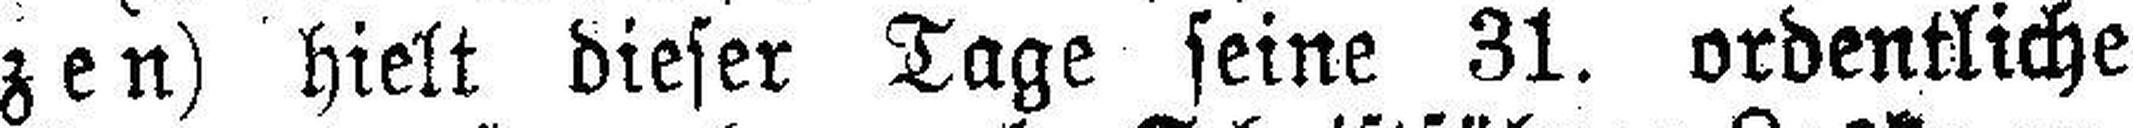
zen) hielt dieser Tage seine 31. ordentliche